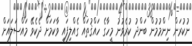
ނުކުރަން ނިންމުމުން ބަންދު ކުރެވުނު މީހާގެ ހައްޤުތައް ގެއްލިފައި ވާކަމަށް ދެކެވޭ މައްސަލައަށް